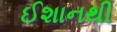
ઈશાનથી